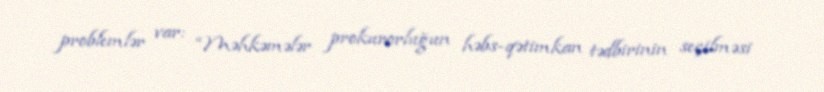
problemlər var: “Məhkəmələr prokurorluğun həbs-qətimkan tədbirinin seçilməsi